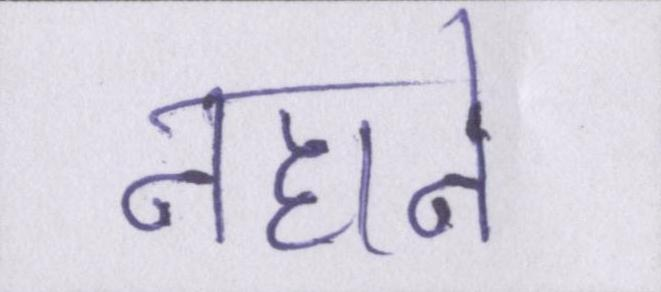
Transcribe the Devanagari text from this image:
नहाने